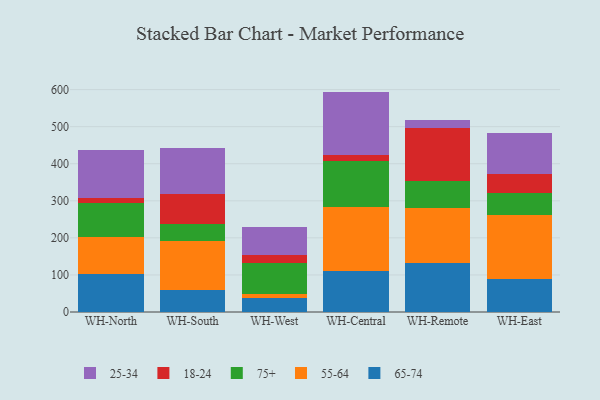
{"axis": {"x": "Warehouse", "y": "Humidity (%)"}, "legend": ["18-24", "25-34", "55-64", "65-74", "75+"], "data": [{"x": "WH-North", "y": 103.4, "type": "65-74"}, {"x": "WH-North", "y": 99.4, "type": "55-64"}, {"x": "WH-North", "y": 90.2, "type": "75+"}, {"x": "WH-North", "y": 15.4, "type": "18-24"}, {"x": "WH-North", "y": 127.5, "type": "25-34"}, {"x": "WH-South", "y": 58.2, "type": "65-74"}, {"x": "WH-South", "y": 132.3, "type": "55-64"}, {"x": "WH-South", "y": 46.8, "type": "75+"}, {"x": "WH-South", "y": 81.7, "type": "18-24"}, {"x": "WH-South", "y": 123.3, "type": "25-34"}, {"x": "WH-West", "y": 38.1, "type": "65-74"}, {"x": "WH-West", "y": 9.3, "type": "55-64"}, {"x": "WH-West", "y": 85.7, "type": "75+"}, {"x": "WH-West", "y": 21.3, "type": "18-24"}, {"x": "WH-West", "y": 74.0, "type": "25-34"}, {"x": "WH-Central", "y": 110.1, "type": "65-74"}, {"x": "WH-Central", "y": 172.2, "type": "55-64"}, {"x": "WH-Central", "y": 125.3, "type": "75+"}, {"x": "WH-Central", "y": 15.3, "type": "18-24"}, {"x": "WH-Central", "y": 171.7, "type": "25-34"}, {"x": "WH-Remote", "y": 131.0, "type": "65-74"}, {"x": "WH-Remote", "y": 150.8, "type": "55-64"}, {"x": "WH-Remote", "y": 70.7, "type": "75+"}, {"x": "WH-Remote", "y": 144.5, "type": "18-24"}, {"x": "WH-Remote", "y": 21.4, "type": "25-34"}, {"x": "WH-East", "y": 89.7, "type": "65-74"}, {"x": "WH-East", "y": 172.2, "type": "55-64"}, {"x": "WH-East", "y": 60.2, "type": "75+"}, {"x": "WH-East", "y": 49.3, "type": "18-24"}, {"x": "WH-East", "y": 110.7, "type": "25-34"}]}